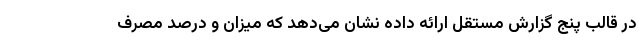
در قالب پنج گزارش مستقل ارائه داده نشان می‌دهد که میزان و درصد مصرف